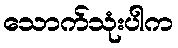
သောက်သုံးပါက